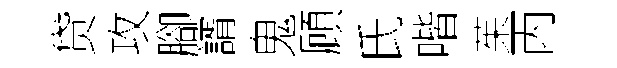
贷攻腳諝鬼頋氏喈茱丙